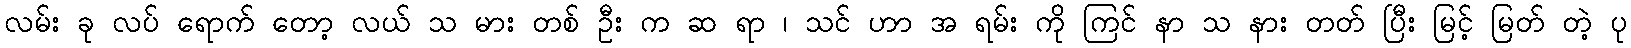
လမ်း ခု လပ် ရောက် တော့ လယ် သ မား တစ် ဦး က ဆ ရာ ၊ သင် ဟာ အ ရမ်း ကို ကြင် နာ သ နား တတ် ပြီး မြင့် မြတ် တဲ့ ပု